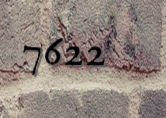
7622